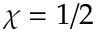
\chi = 1 / 2